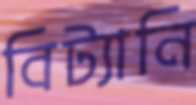
বিট্যানি